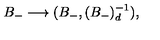
B _ { - } \longrightarrow ( B _ { - } , ( B _ { - } ) _ { d } ^ { - 1 } ) ,